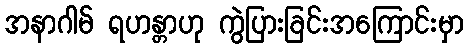
အနာဂါမ် ရဟန္တာဟု ကွဲပြားခြင်းအကြောင်းမှာ